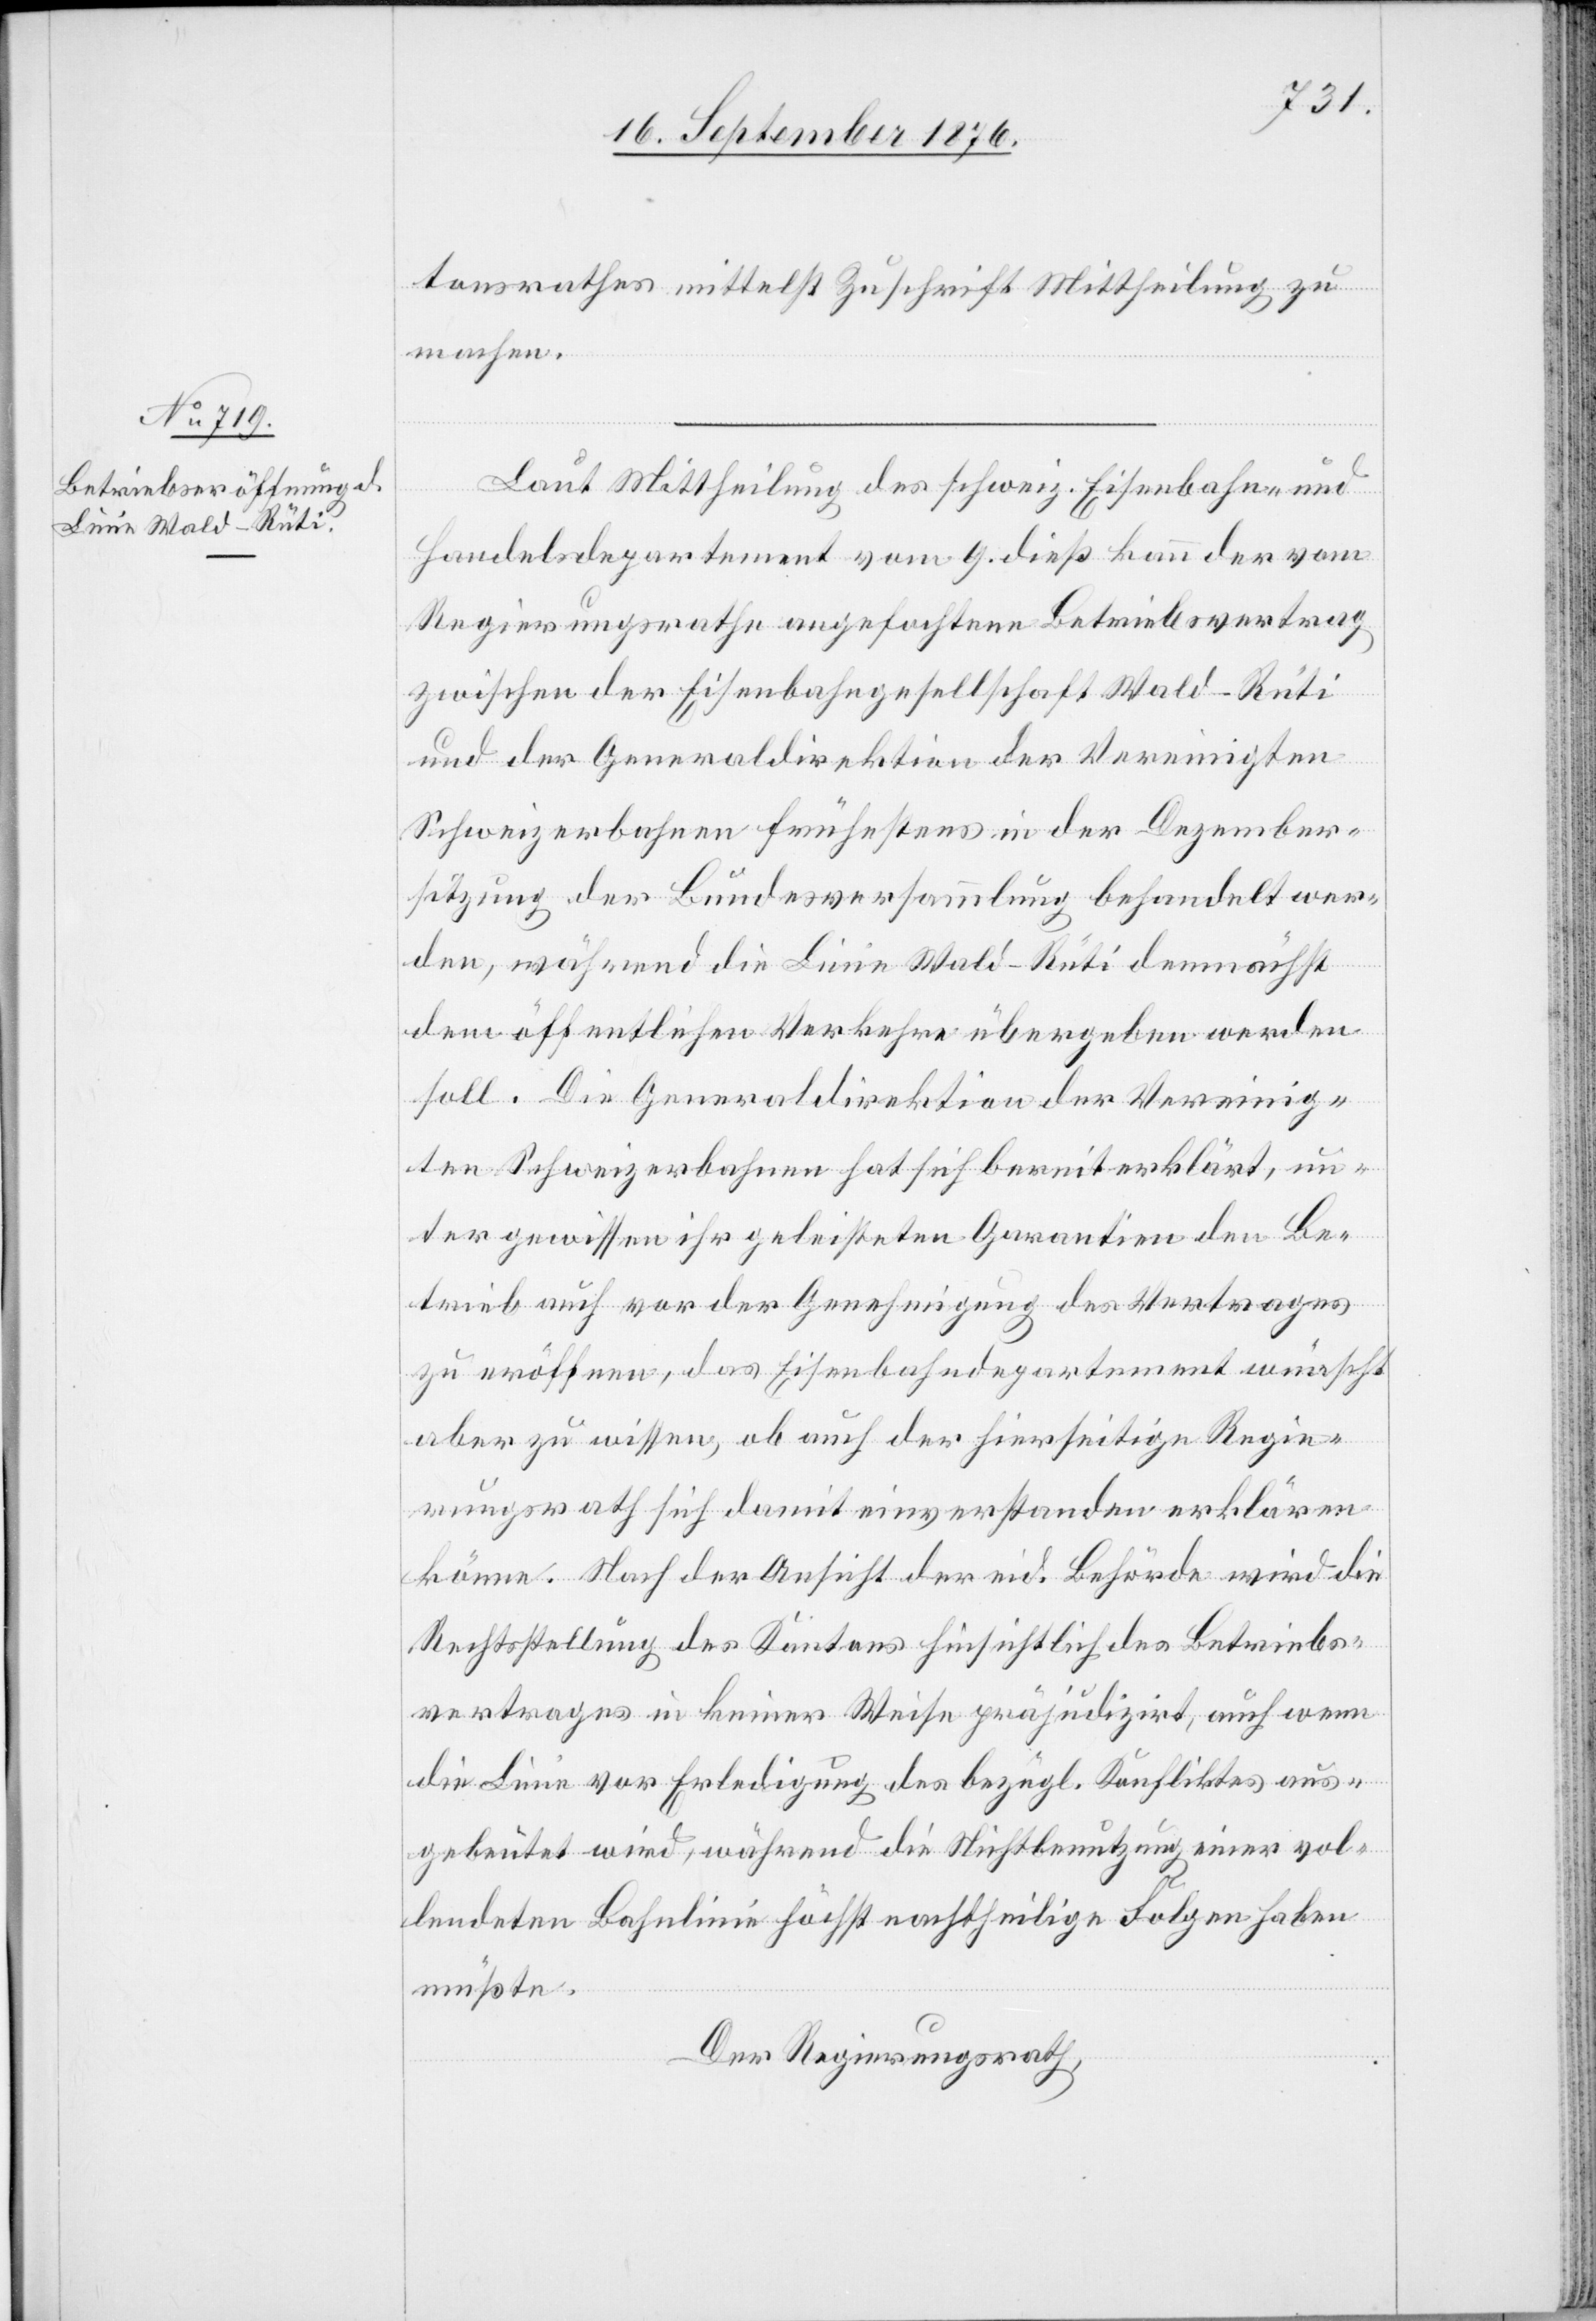
tonsrathes mittelst Zuschrift Mittheilung zu
machen.
Laut Mittheilung des schweiz. Eisenbahn- und
Handelsdepartement vom 9. dieß kann der vom
Regierungsrathe angefochtene Betriebsvertrag
zwischen der Eisenbahngesellschaft Wald–Rüti
und der Generaldirektion der Vereinigten
Schweizerbahnen frühestens in der Dezember¬
sitzung der Bundesversammlung behandelt wer¬
den, während die Linie Wald–Rüti demnächst
dem öffentlichen Verkehre übergeben werden
soll. Die Generaldirektion der Vereinig¬
ten Schweizerbahnen hat sich bereit erklärt, un¬
ter gewissen ihr geleisteten Garantien den Be¬
trieb auch vor der Genehmigung des Vertrages
zu eröffnen, das Eisenbahndepartement wünscht
aber zu wissen, ob auch der hierseitige Regie¬
rungsrath sich damit einverstanden erklären
könne. Nach der Ansicht der eid. Behörde wird die
Rechtsstellung des Kantons hinsichtlich des Betriebs¬
vertrages in keiner Weise präjudizirt, auch wenn
die Linie vor Erledigung des bezügl Konfliktes aus¬
gebeutet wird, während die Nichtbenutzung einer vol¬
lendeten Bahnlinie höchst nachtheilige Folgen haben
müßte.
Der Regierungsrath,